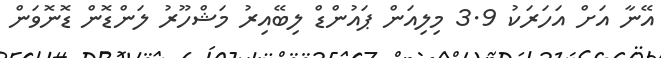
އޭނާ އަށް އަހަރަކު 3.9 މިލިއަން ޕައުންޑް ލިބޭއިރު މަޝްހޫރު ލަންޑޮން ޑޮނޮވަން